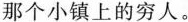
那个小镇上的穷人.